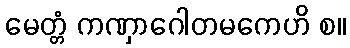
မေတ္တံ ကဏှာဂေါတမကေဟိ စ။